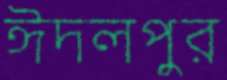
ঈদলপুর